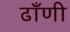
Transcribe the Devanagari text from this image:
ढाँणी